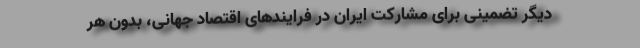
دیگر تضمینی برای مشارکت ایران در فرایند‌های اقتصاد جهانی، بدون هر